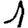
Digit: 1